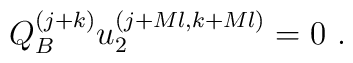
Q^{(j+k)}_{B} u^{(j+Ml,k+Ml)}_{2} =0 \,\,.